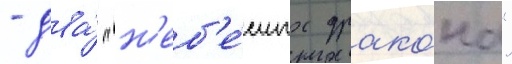
- два́ "н'еб'е́сных драко́на"